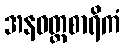
အနဝတ္ထစာရိကံ